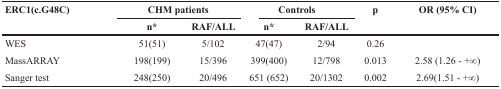
<table><thead><tr><td rowspan="2"><b>ERC1(c.G48C)</b></td><td colspan="2"><b>CHM patients</b></td><td colspan="2"><b>Controls</b></td><td rowspan="2"><b>p</b></td><td rowspan="2"><b>OR (95% CI)</b></td></tr><tr><td><b>n*</b></td><td><b>RAF/ALL</b></td><td><b>n*</b></td><td><b>RAF/ALL</b></td></tr></thead><tbody><tr><td>WES</td><td>51(51)</td><td>5/102</td><td>47(47)</td><td>2/94</td><td>0.26</td><td></td></tr><tr><td>MassARRAY</td><td>198(199)</td><td>15/396</td><td>399(400)</td><td>12/798</td><td>0.013</td><td>2.58 (1.26 - +∞)</td></tr><tr><td>Sanger test</td><td>248(250)</td><td>20/496</td><td>651 (652)</td><td>20/1302</td><td>0.002</td><td>2.69(1.51 - +∞)</td></tr></tbody></table>